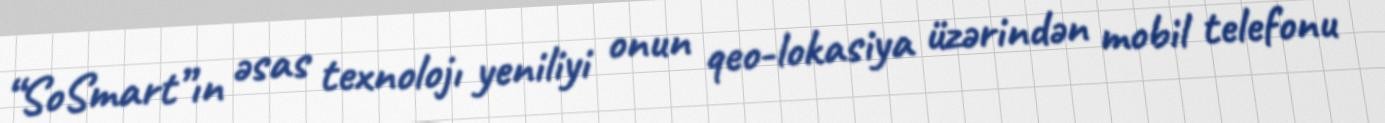
“SoSmart”ın əsas texnolojı yeniliyi onun qeo-lokasiya üzərindən mobil telefonu